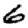
Digit: 6